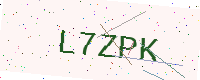
Text: L7ZPK